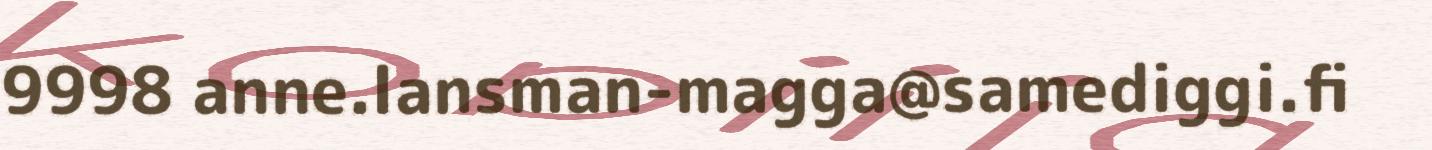
9998 anne.lansman-magga@samediggi.fi